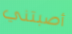
أصبتني